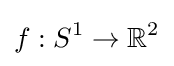
f:S^{1}\to \mathbb {R} ^{2}